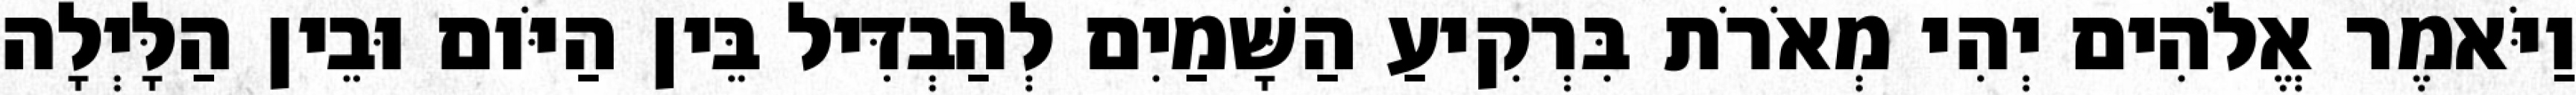
וַיֹּאמֶר אֱלֹהִים יְהִי מְאֹרֹת בִּרְקִיעַ הַשָּׁמַיִם לְהַבְדִּיל בֵּין הַיֹּום וּבֵין הַלָּיְלָה